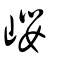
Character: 巊